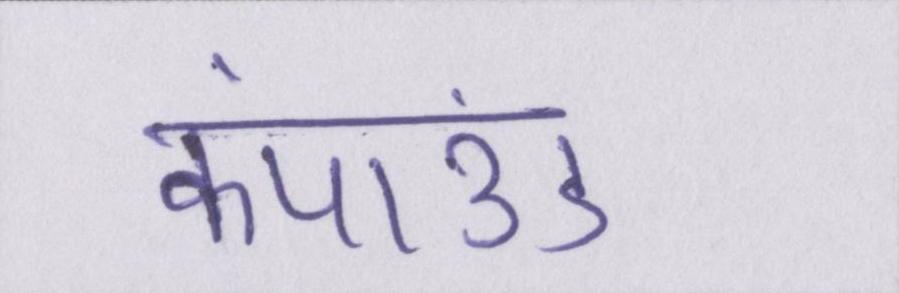
कंपाउंड